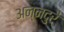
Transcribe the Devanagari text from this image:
अन्नदुरै